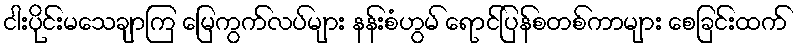
ငါးပိုင်းမသေချာကြ မြေကွက်လပ်များ နန်းစံဟွမ် ရောင်ပြန်စတစ်ကာများ စေခြင်းထက်